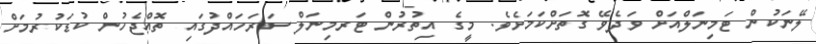
ލޭނަކުން ޓަމިނަލްއަށް ވަދެވޭ ގޮތަށްކަމަށެވެ. މީގެ އިތުރުން ޓަރމިނަލް ސަރަހައްދުގައި ތޮއްޖެހުން ކުޑަކުރުމަށް